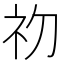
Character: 𭃡